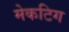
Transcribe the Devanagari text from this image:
मेकटिग